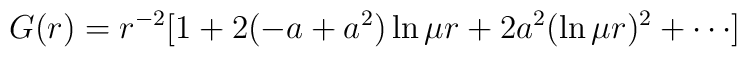
G(r)=r^{-2}[1+2(-a+a^2)\ln \mu r+2a^2(\ln \mu r)^2+\cdots ]